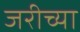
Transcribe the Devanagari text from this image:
जरीच्या